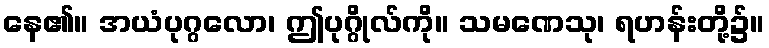
နေ၏။ အယံပုဂ္ဂလော၊ ဤပုဂ္ဂိုလ်ကို။ သမဏေသု၊ ရဟန်းတို့၌။